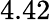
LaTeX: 4.42